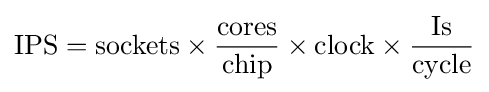
{\text{IPS}}={\text{sockets}}\times {\frac {\text{cores}}{\text{chip}}}\times {\text{clock}}\times {\frac {\text{Is}}{\text{cycle}}}